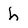
Character: h